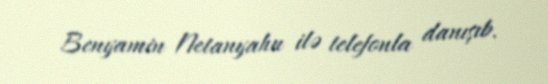
Benyamin Netanyahu ilə telefonla danışıb.